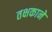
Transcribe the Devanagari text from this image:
तक्षकाने